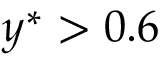
y ^ { \ast } > 0 . 6